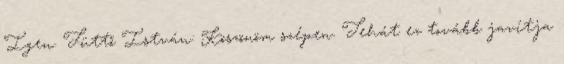
Igen. Tüttő István: Köszönöm szépen. Tehát ez tovább javítja